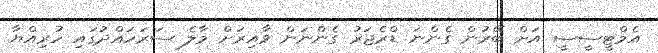
އެމްޓީސީސީ އަށް ބޭރުން ގެންނަ ޑްރެޖަރު ގެންނަން ވާއިރަށް މާލެ ސަރަހައްދުގައި ހުރިއްޔާ